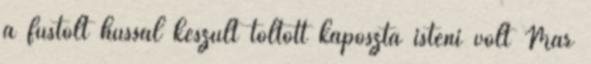
a füstölt hússal készült töltött káposzta isteni volt Már